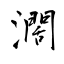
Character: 濶